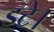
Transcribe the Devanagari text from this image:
डटे।